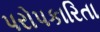
પરોપકારિતા